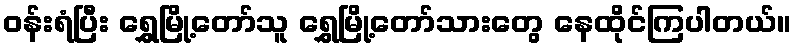
ဝန်းရံပြီး ရွှေမြို့တော်သူ ရွှေမြို့တော်သားတွေ နေထိုင်ကြပါတယ်။